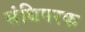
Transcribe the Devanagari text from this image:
संधिपरक